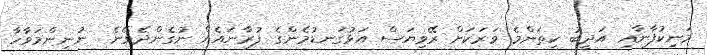
މަނިކުފާނާއި އަދީބު ކިތަންމެ ވަރަކަށް ރޭވިޔަސް އަޅުގަނޑުމެންގެ ފުރާނައެއް ނުގެންދެވޭނެ  ނުނިންމަވާހާ